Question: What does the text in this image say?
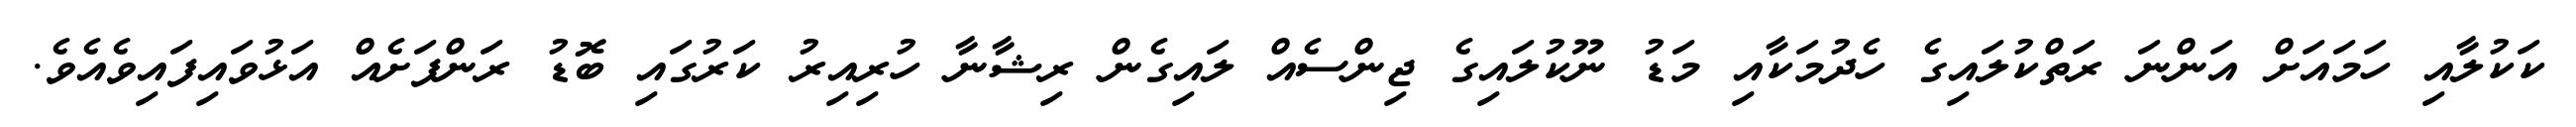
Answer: ކަކުލާއި ހަމައަށް އަންނަ ރަތްކުލައިގެ ހެދުމަކާއި މަޑު ނޫކުލައިގެ ޖިންސެއް ލައިގެން ރިޝާނާ ހުރިއިރު ކަރުގައި ބޮޑު ރަންފަށެއް އަޅުވައިފައިވެއެވެ.